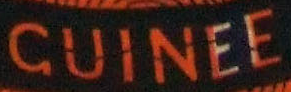
GUINEE